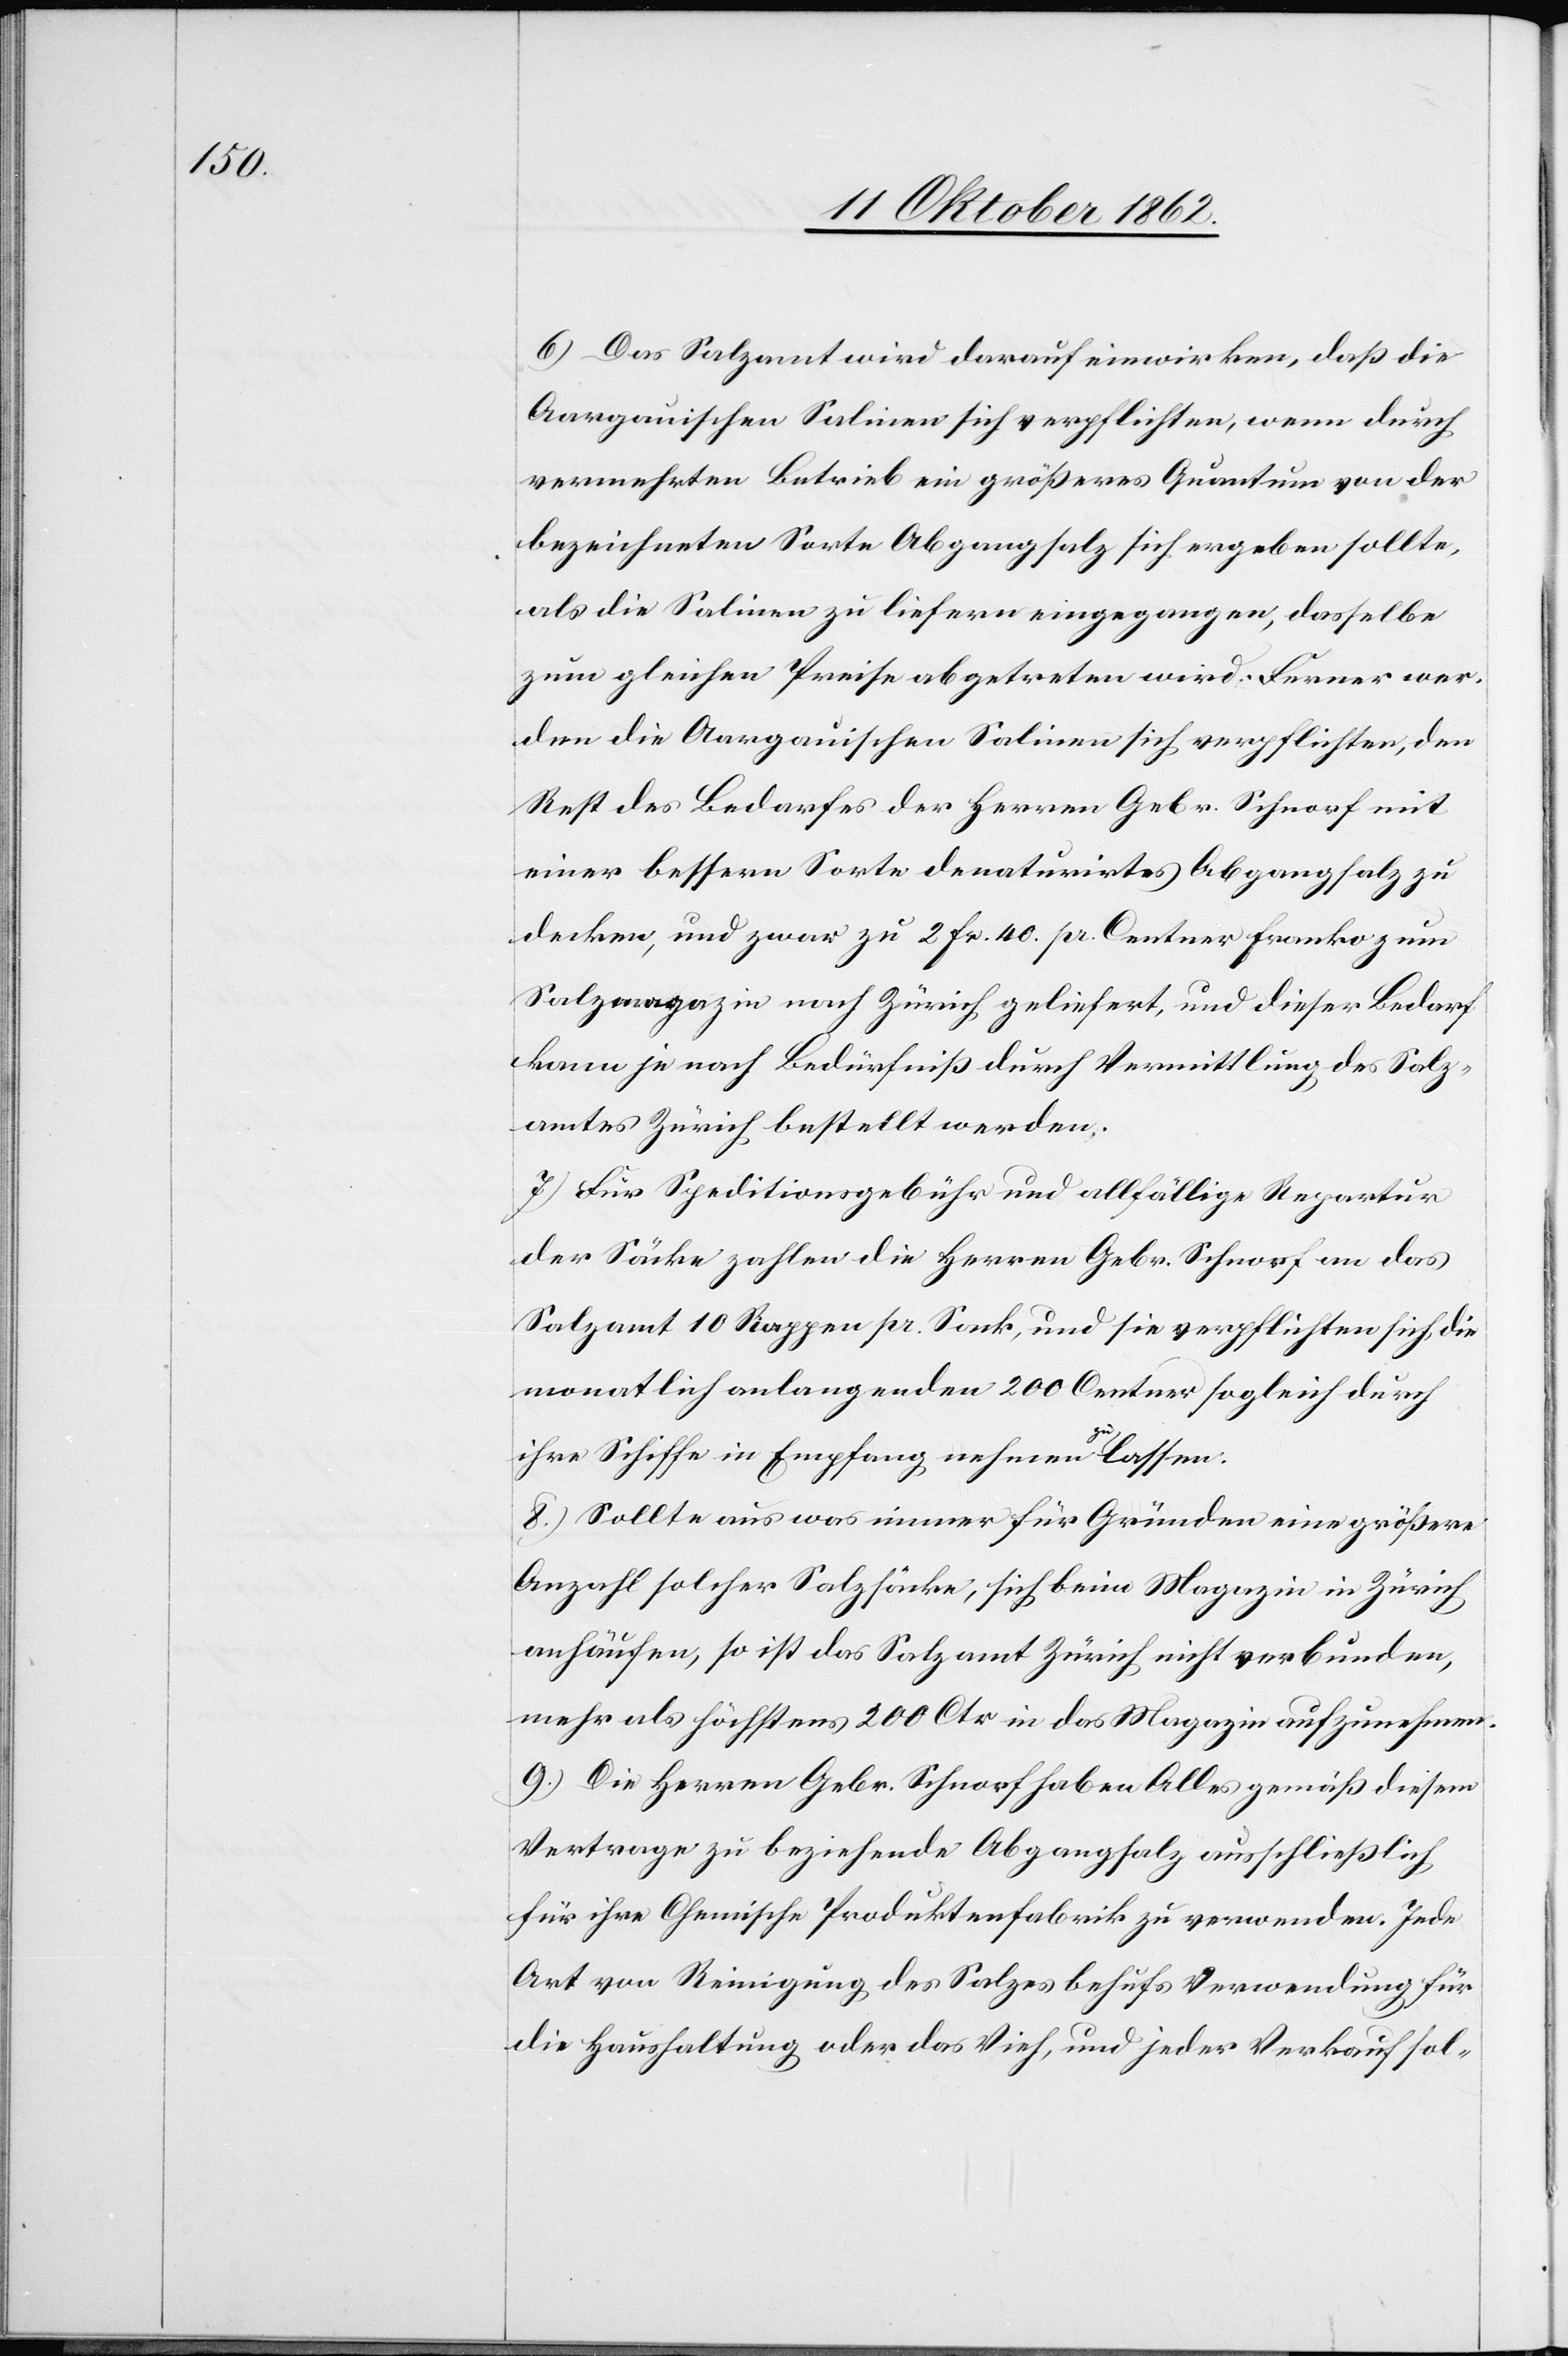
6. Das Salzamt wird darauf einwirken, daß die
Aargauischen Salinen sich verpflichten, wenn durch
vermehrten Betrieb ein größeres Quantum von der
bezeichneten Sorte Abgangsalz sich ergeben sollte,
als die Salinen zu liefern eingegangen, dasselbe
zum gleichen Preise abgetreten wird. Ferner wer¬
den die Aargauischen Salinen sich verpflichten, den
Rest des Bedarfes der Herren Gebr. Schnorf mit
einer bessern Sorte denaturirtes Abgangsalz zu
decken, und zwar zu 2 fr. 40. pr. Centner franko zum
Salzmagazin nach Zürich geliefert, und dieser Bedarf
kann je nach Bedürfniß durch Vermittlung des Salz¬
amtes Zürich bestellt werden.
7. Für Speditionsgebühr und allfällige Reparatur
der Säcke zahlen die Herren Gebr. Schnorf an das
Salzamt 10 Rappen pr. Sack, und sie verpflichten sich, die
monatlich anlangenden 200 Centner sogleich durch
ihre Schiffe in Empfang nehmen zu lassen.
8. Sollte aus was immer für Gründe eine größere
Anzahl solcher Salzsäcke, sich beim Magazin in Zürich
anhäufen, so ist das Salzamt Zürich nicht verbunden,
mehr als höchstens 200 Ctr. in das Magazin aufzunehmen.
9. Die Herren Gebr. Schnorf haben Alles gemäß diesem
Vertrage zu beziehende Abgangsalz ausschließlich
für ihre Chemische Produktenfabrik zu verwenden. Jede
Art von Reinigung des Salzes behufs Verwendung für
die Haushaltung oder das Vieh, und jeder Verkauf sol-